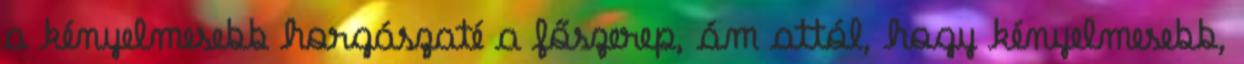
a kényelmesebb horgászaté a főszerep, ám attól, hogy kényelmesebb,